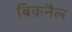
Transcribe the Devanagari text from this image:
बिकनैल